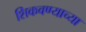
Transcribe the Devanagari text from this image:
शिकवण्याच्या